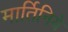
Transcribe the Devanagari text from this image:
मार्तिनिये